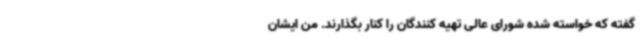
گفته‌ که خواسته شده شورای عالی تهیه کنندگان را کنار بگذارند. من ایشان